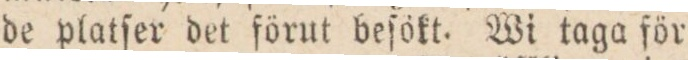
de platſer det förut beſökt. Wi taga för